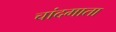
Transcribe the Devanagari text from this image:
चांदमाता